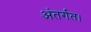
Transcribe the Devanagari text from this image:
अंतर्गत।